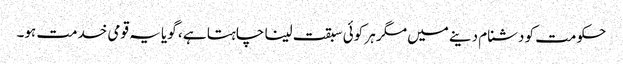
حکومت کو دشنام دینے میں مگر ہر کوئی سبقت لینا چاہتا ہے ، گویا یہ قومی خدمت ہو۔